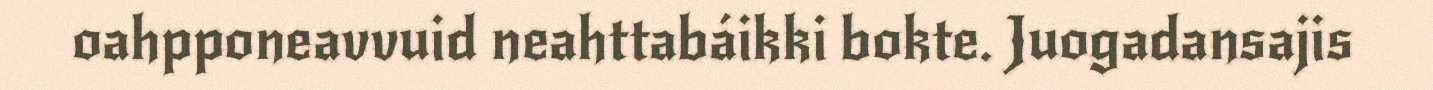
oahpponeavvuid neahttabáikki bokte. Juogadansajis